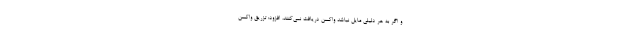
و اگر به هر دلیلی مایل نباشد واکسن دریافت نمی‌کنند، افزود: تزریق واکسن